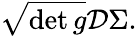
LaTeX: {\sqrt{\operatorname*{det}g}}{\mathcal{D}}\Sigma.